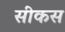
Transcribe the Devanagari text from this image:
सीकस